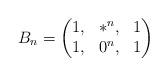
LaTeX: \begin{align*}B_n=\begin{pmatrix} 1, & *^n, & 1 \\ 1, & 0^n, & 1 \end{pmatrix}\end{align*}